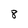
Character: 8